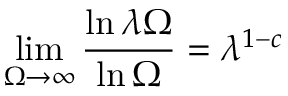
\operatorname* { l i m } _ { \Omega \to \infty } \frac { \ln \lambda \Omega } { \ln \Omega } = \lambda ^ { 1 - c }